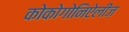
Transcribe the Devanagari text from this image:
कोकोगोनिऐलीज़